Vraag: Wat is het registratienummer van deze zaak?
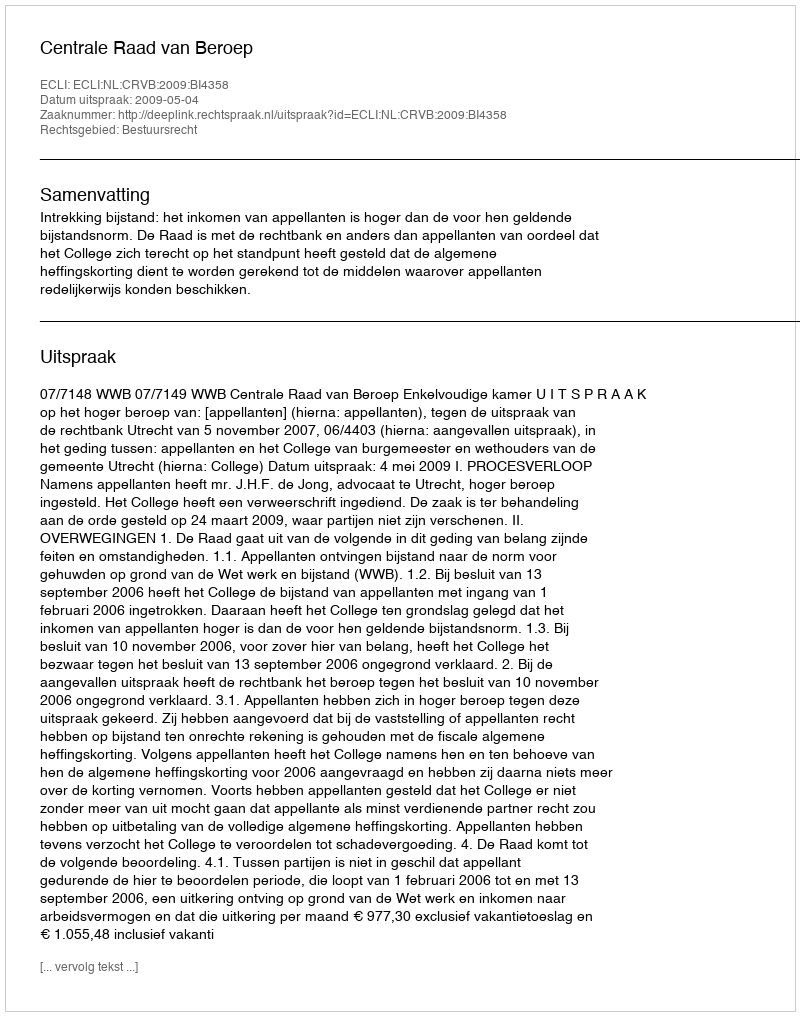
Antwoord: http://deeplink.rechtspraak.nl/uitspraak?id=ECLI:NL:CRVB:2009:BI4358